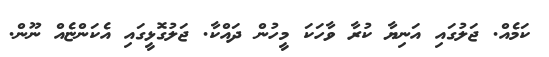
ކަމެއް. ޖަލުގައި އަނިޔާ ކުރާ ވާހަކަ މީހުން ދައްކާ. ޖަލުގޮޅީގައި އެކަންޏެއް ނޫން.